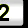
Digit: 2